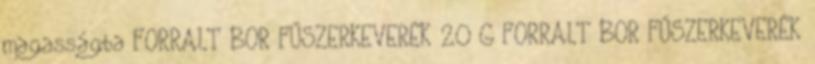
magasságba FORRALT BOR FŰSZERKEVERÉK 20 G FORRALT BOR FŰSZERKEVERÉK